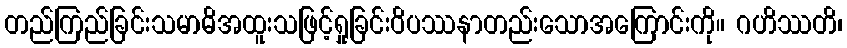
တည်ကြည်ခြင်းသမာဓိအထူးသဖြင့်ရှုခြင်းဝိပဿနာတည်းသောအကြောင်းကို။ ဂဟိဿတိ၊